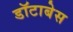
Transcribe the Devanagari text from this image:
डॉटाबेस